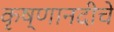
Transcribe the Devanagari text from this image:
कृष्णानदीचे